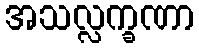
အသလ္လက္ခဏာ